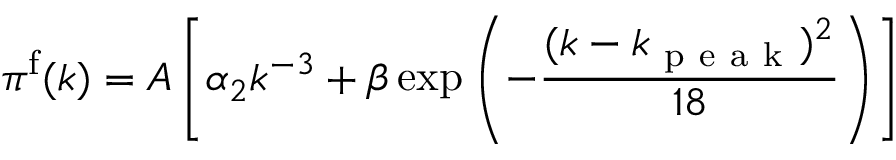
\pi ^ { \mathrm { f } } ( k ) = A \left[ \alpha _ { 2 } k ^ { - 3 } + \beta \exp \left( - \frac { ( k - k _ { \mathrm { ~ p ~ e ~ a ~ k ~ } } ) ^ { 2 } } { 1 8 } \right) \right]